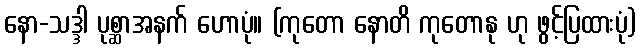
နော-သဒ္ဒါ ပုစ္ဆာအနက် ဟောပုံ။ (ကုတော နောတိ ကုတောနု ဟု ဖွင့်ပြထားပုံ)